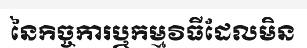
នៃកិច្ចការឬកម្មវិធីដែលមិន